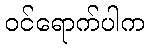
ဝင်ရောက်ပါက